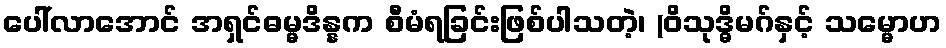
ပေါ်လာအောင် အရှင်ဓမ္မဒိန္နက စီမံရခြင်းဖြစ်ပါသတဲ့၊ (ဝိသုဒ္ဓိမဂ်နှင့် သမ္မောဟ